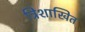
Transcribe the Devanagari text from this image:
त्रिशाखित